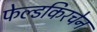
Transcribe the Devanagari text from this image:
फेल्डकिरचेन